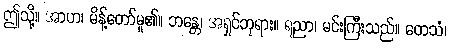
ဤသို့။ အာဟ၊ မိန့်တော်မူ၏။ ဘန္တေ၊ အရှင်ဘုရား။ ရညာ၊ မင်းကြီးသည်။ တေသံ၊